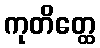
ကုတိတ္ထေ